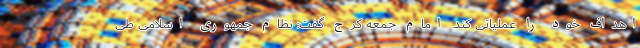
اهداف خود را عملیاتی کند. امام جمعه کرج گفت: نظام جمهوری اسلامی طی